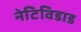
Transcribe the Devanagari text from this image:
नेटिविडाड